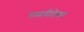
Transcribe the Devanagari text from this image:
रामगीतेवर